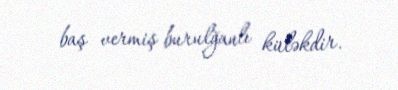
baş vermiş burulğanlı küləkdir.